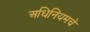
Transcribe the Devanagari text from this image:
अधिनियमचे